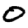
Digit: 0